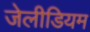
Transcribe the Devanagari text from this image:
जेलीडियम